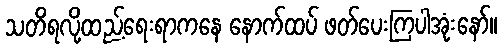
သတိရလို့ထည့်ရေးရာကနေ နောက်ထပ် ဖတ်ပေးကြပါအုံးနော်။